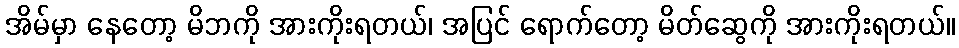
အိမ်မှာ နေတော့ မိဘကို အားကိုးရတယ်၊ အပြင် ရောက်တော့ မိတ်ဆွေကို အားကိုးရတယ်။